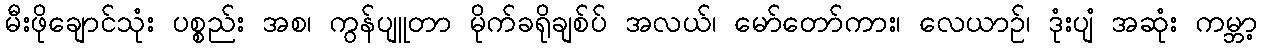
မီးဖိုချောင်သုံး ပစ္စည်း အစ၊ ကွန်ပျူတာ မိုက်ခရိုချစ်ပ် အလယ်၊ မော်တော်ကား၊ လေယာဉ်၊ ဒုံးပျံ အဆုံး ကမ္ဘာ့